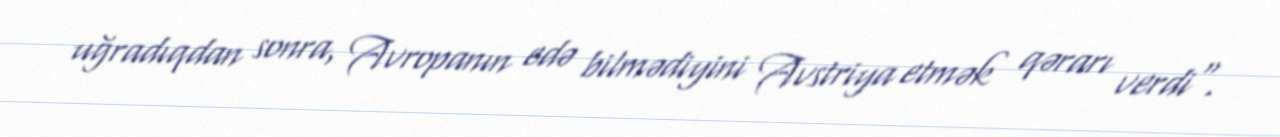
uğradıqdan sonra, Avropanın edə bilmədiyini Avstriya etmək qərarı verdi".